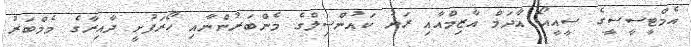
އެމްޓީސީސީގެ ސީއީއޯ އާދަމް އާޒިމްއާއި ރަށު ކައުންސިލްގެ މެންބަރުންނާއި ހޯރަފުށީ ދާއިރާގެ މެމްބަރު